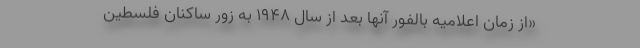
«از زمان اعلامیه بالفور آنها بعد از سال ۱۹۴۸ به زور ساكنان فلسطین